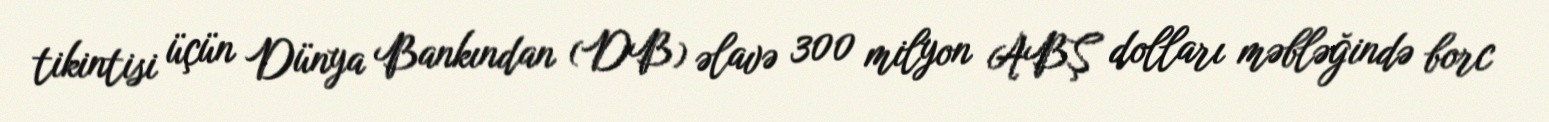
tikintisi üçün Dünya Bankından (DB) əlavə 300 milyon ABŞ dolları məbləğində borc